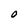
Character: O